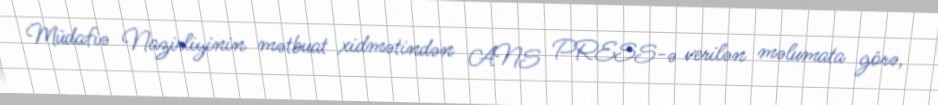
Müdafiə Nazirliyinin mətbuat xidmətindən ANS PRESS-ə verilən məlumata görə,